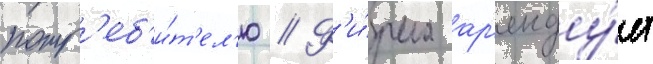
потр'еб'и́т'ел'ю // Ф'и́рма ар'енду́ет